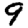
Digit: 9